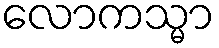
လောကသ္မာ